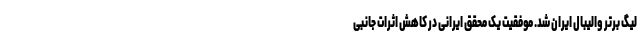
لیگ برتر والیبال ایران شد. موفقیت یک محقق ایرانی در کاهش اثرات جانبی